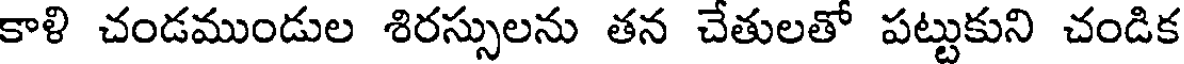
కాళి చండముండుల శిరస్సులను తన చేతులతో పట్టుకుని చండిక